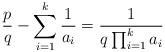
LaTeX: \begin{align*}\frac{p}{q} - \sum_{i=1}^k \frac{1}{a_i} = \frac{1}{q\prod_{i=1}^k a_i} \end{align*}